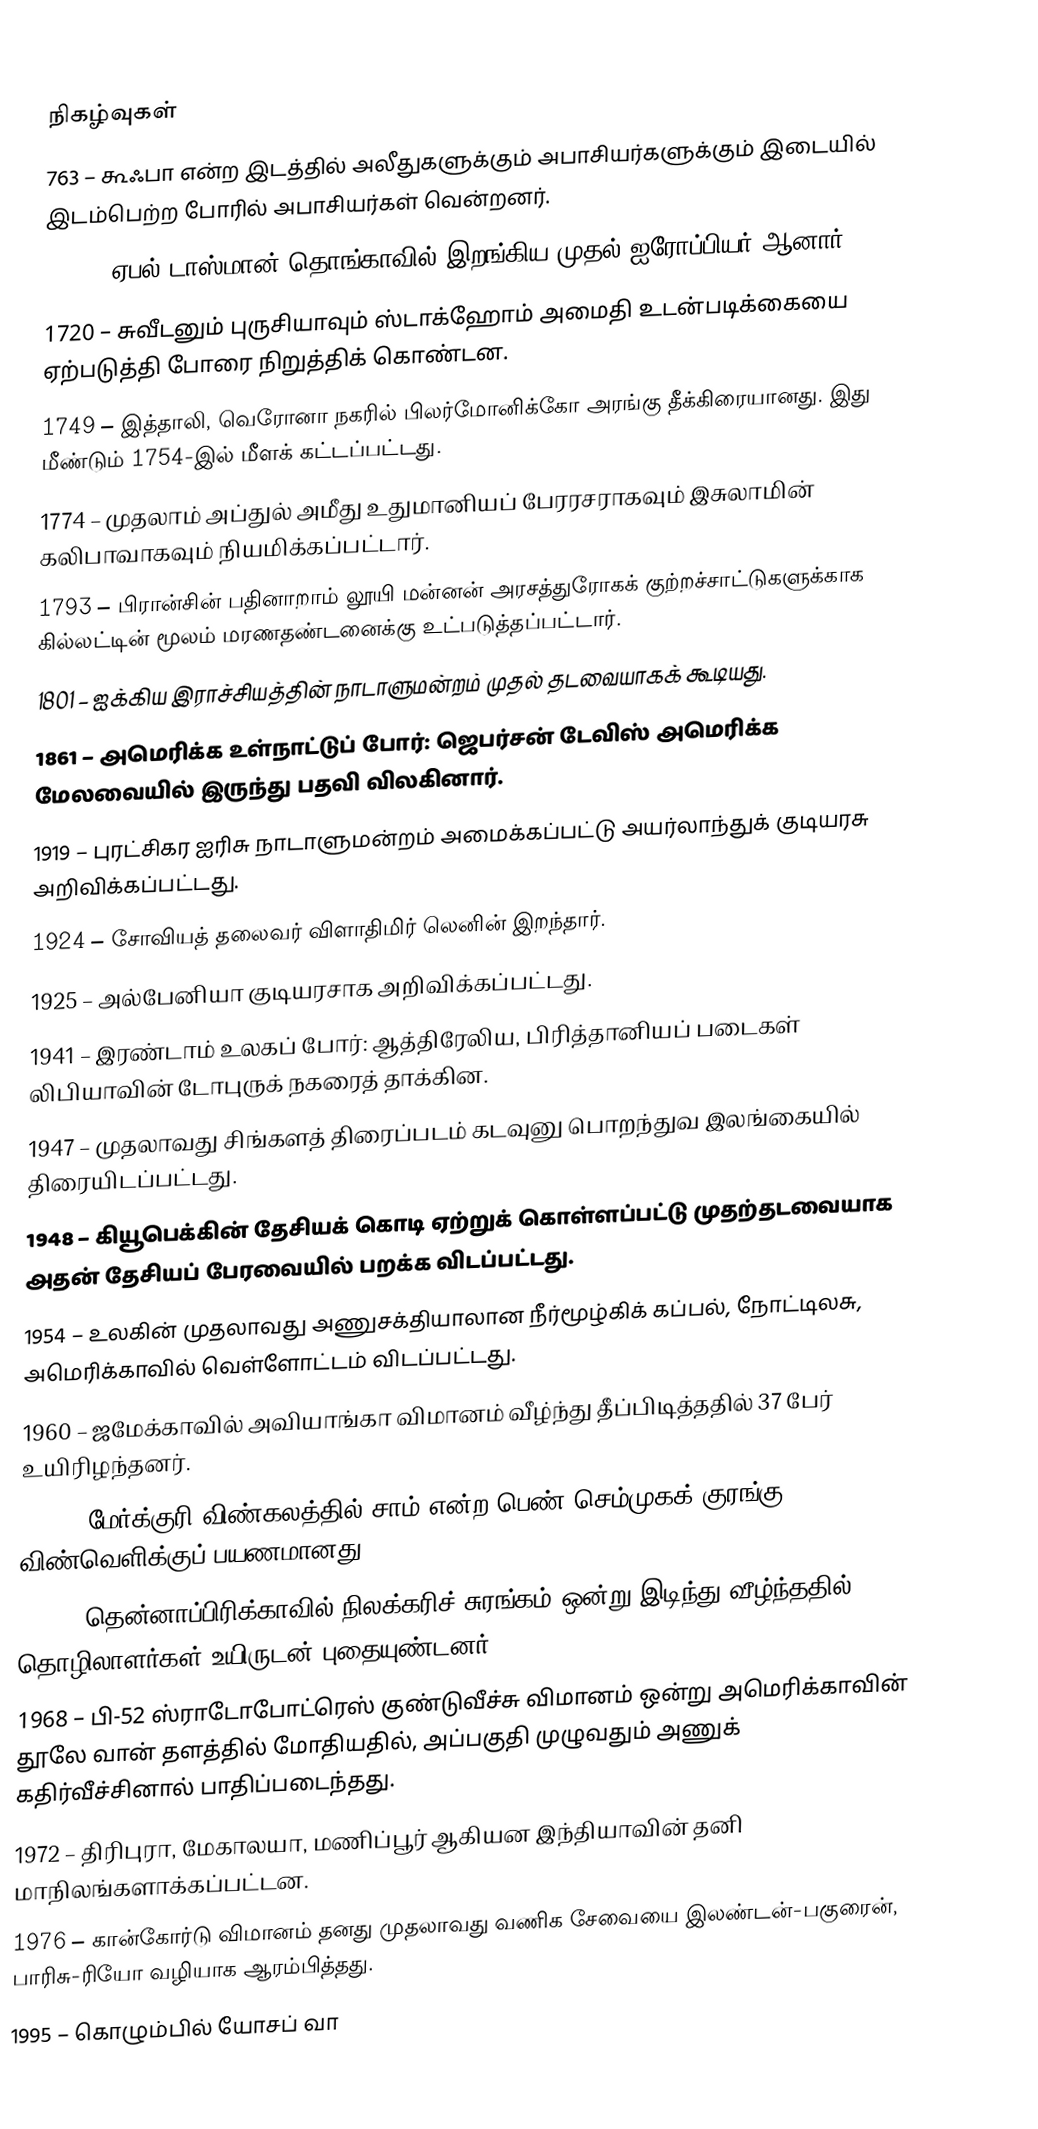

நிகழ்வுகள்
 763 – கூஃபா என்ற இடத்தில் அலீதுகளுக்கும் அபாசியர்களுக்கும் இடையில் இடம்பெற்ற போரில் அபாசியர்கள் வென்றனர்.
1643 – ஏபல் டாஸ்மான் தொங்காவில் இறங்கிய முதல் ஐரோப்பியர் ஆனார்.
1720 – சுவீடனும் புருசியாவும் ஸ்டாக்ஹோம் அமைதி உடன்படிக்கையை ஏற்படுத்தி போரை நிறுத்திக் கொண்டன.
1749 – இத்தாலி, வெரோனா நகரில் பிலர்மோனிக்கோ அரங்கு தீக்கிரையானது. இது மீண்டும் 1754-இல் மீளக் கட்டப்பட்டது.
1774 – முதலாம் அப்துல் அமீது உதுமானியப் பேரரசராகவும் இசுலாமின் கலிபாவாகவும் நியமிக்கப்பட்டார்.
1793 – பிரான்சின் பதினாறாம் லூயி மன்னன் அரசத்துரோகக் குற்றச்சாட்டுகளுக்காக கில்லட்டின் மூலம் மரணதண்டனைக்கு உட்படுத்தப்பட்டார்.
1801 – ஐக்கிய இராச்சியத்தின் நாடாளுமன்றம் முதல் தடவையாகக் கூடியது.
1861 – அமெரிக்க உள்நாட்டுப் போர்: ஜெபர்சன் டேவிஸ் அமெரிக்க மேலவையில் இருந்து பதவி விலகினார்.
1919 – புரட்சிகர ஐரிசு நாடாளுமன்றம் அமைக்கப்பட்டு அயர்லாந்துக் குடியரசு அறிவிக்கப்பட்டது.
1924 – சோவியத் தலைவர் விளாதிமிர் லெனின் இறந்தார்.
1925 – அல்பேனியா குடியரசாக அறிவிக்கப்பட்டது.
1941 – இரண்டாம் உலகப் போர்: ஆத்திரேலிய, பிரித்தானியப் படைகள் லிபியாவின் டோபுருக் நகரைத் தாக்கின.
1947 – முதலாவது சிங்களத் திரைப்படம் கடவுனு பொறந்துவ இலங்கையில் திரையிடப்பட்டது.
1948 – கியூபெக்கின் தேசியக் கொடி ஏற்றுக் கொள்ளப்பட்டு முதற்தடவையாக அதன் தேசியப் பேரவையில் பறக்க விடப்பட்டது.
1954 – உலகின் முதலாவது அணுசக்தியாலான நீர்மூழ்கிக் கப்பல், நோட்டிலசு, அமெரிக்காவில் வெள்ளோட்டம் விடப்பட்டது.
1960 – ஜமேக்காவில் அவியாங்கா விமானம் வீழ்ந்து தீப்பிடித்ததில் 37 பேர் உயிரிழந்தனர்.
1960 – மேர்க்குரி விண்கலத்தில் சாம் என்ற பெண் செம்முகக் குரங்கு விண்வெளிக்குப் பயணமானது.
1960 – தென்னாப்பிரிக்காவில் நிலக்கரிச் சுரங்கம் ஒன்று இடிந்து வீழ்ந்ததில் 435 தொழிலாளர்கள் உயிருடன் புதையுண்டனர்.
1968 – பி-52 ஸ்ராடோபோட்ரெஸ் குண்டுவீச்சு விமானம் ஒன்று அமெரிக்காவின் தூலே வான் தளத்தில் மோதியதில், அப்பகுதி முழுவதும் அணுக் கதிர்வீச்சினால் பாதிப்படைந்தது.
1972 – திரிபுரா, மேகாலயா, மணிப்பூர் ஆகியன இந்தியாவின் தனி மாநிலங்களாக்கப்பட்டன.
1976 – கான்கோர்டு விமானம் தனது முதலாவது வணிக சேவையை இலண்டன்-பகுரைன், பாரிசு-ரியோ வழியாக ஆரம்பித்தது.
1995 – கொழும்பில் யோசப் வா